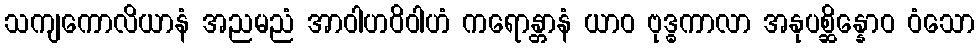
သကျကောလိယာနံ အညမညံ အာဝါဟဝိဝါဟံ ကရောန္တာနံ ယာဝ ဗုဒ္ဓကာလာ အနုပစ္ဆိန္နောဝ ဝံသော